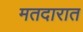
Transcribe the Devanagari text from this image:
मतदारात